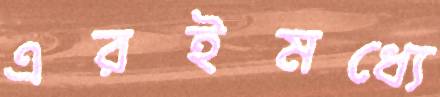
এরইমধ্যে